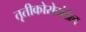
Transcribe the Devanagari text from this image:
तृतीकोरोमंडेल